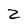
Character: z